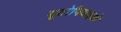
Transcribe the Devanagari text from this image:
यूटोपियाइओं